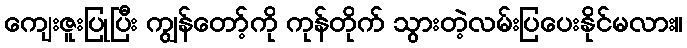
ကျေးဇူးပြုပြီး ကျွန်တော့်ကို ကုန်တိုက် သွားတဲ့လမ်းပြပေးနိုင်မလား။